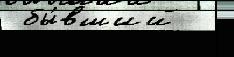
 бы́вший